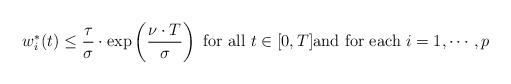
LaTeX: \begin{align*}{}w_{i}^{*}(t)\leq\frac{\tau}{\sigma}\cdot\exp\left (\frac{\nu\cdot T}{\sigma}\right )\mbox{ for all $t\in [0,T]$and for each $i=1,\cdots ,p$}\end{align*}